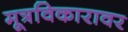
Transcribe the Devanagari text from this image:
मूत्रविकारावर